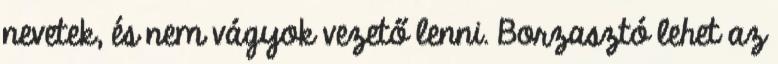
nevetek, és nem vágyok vezető lenni. Borzasztó lehet az